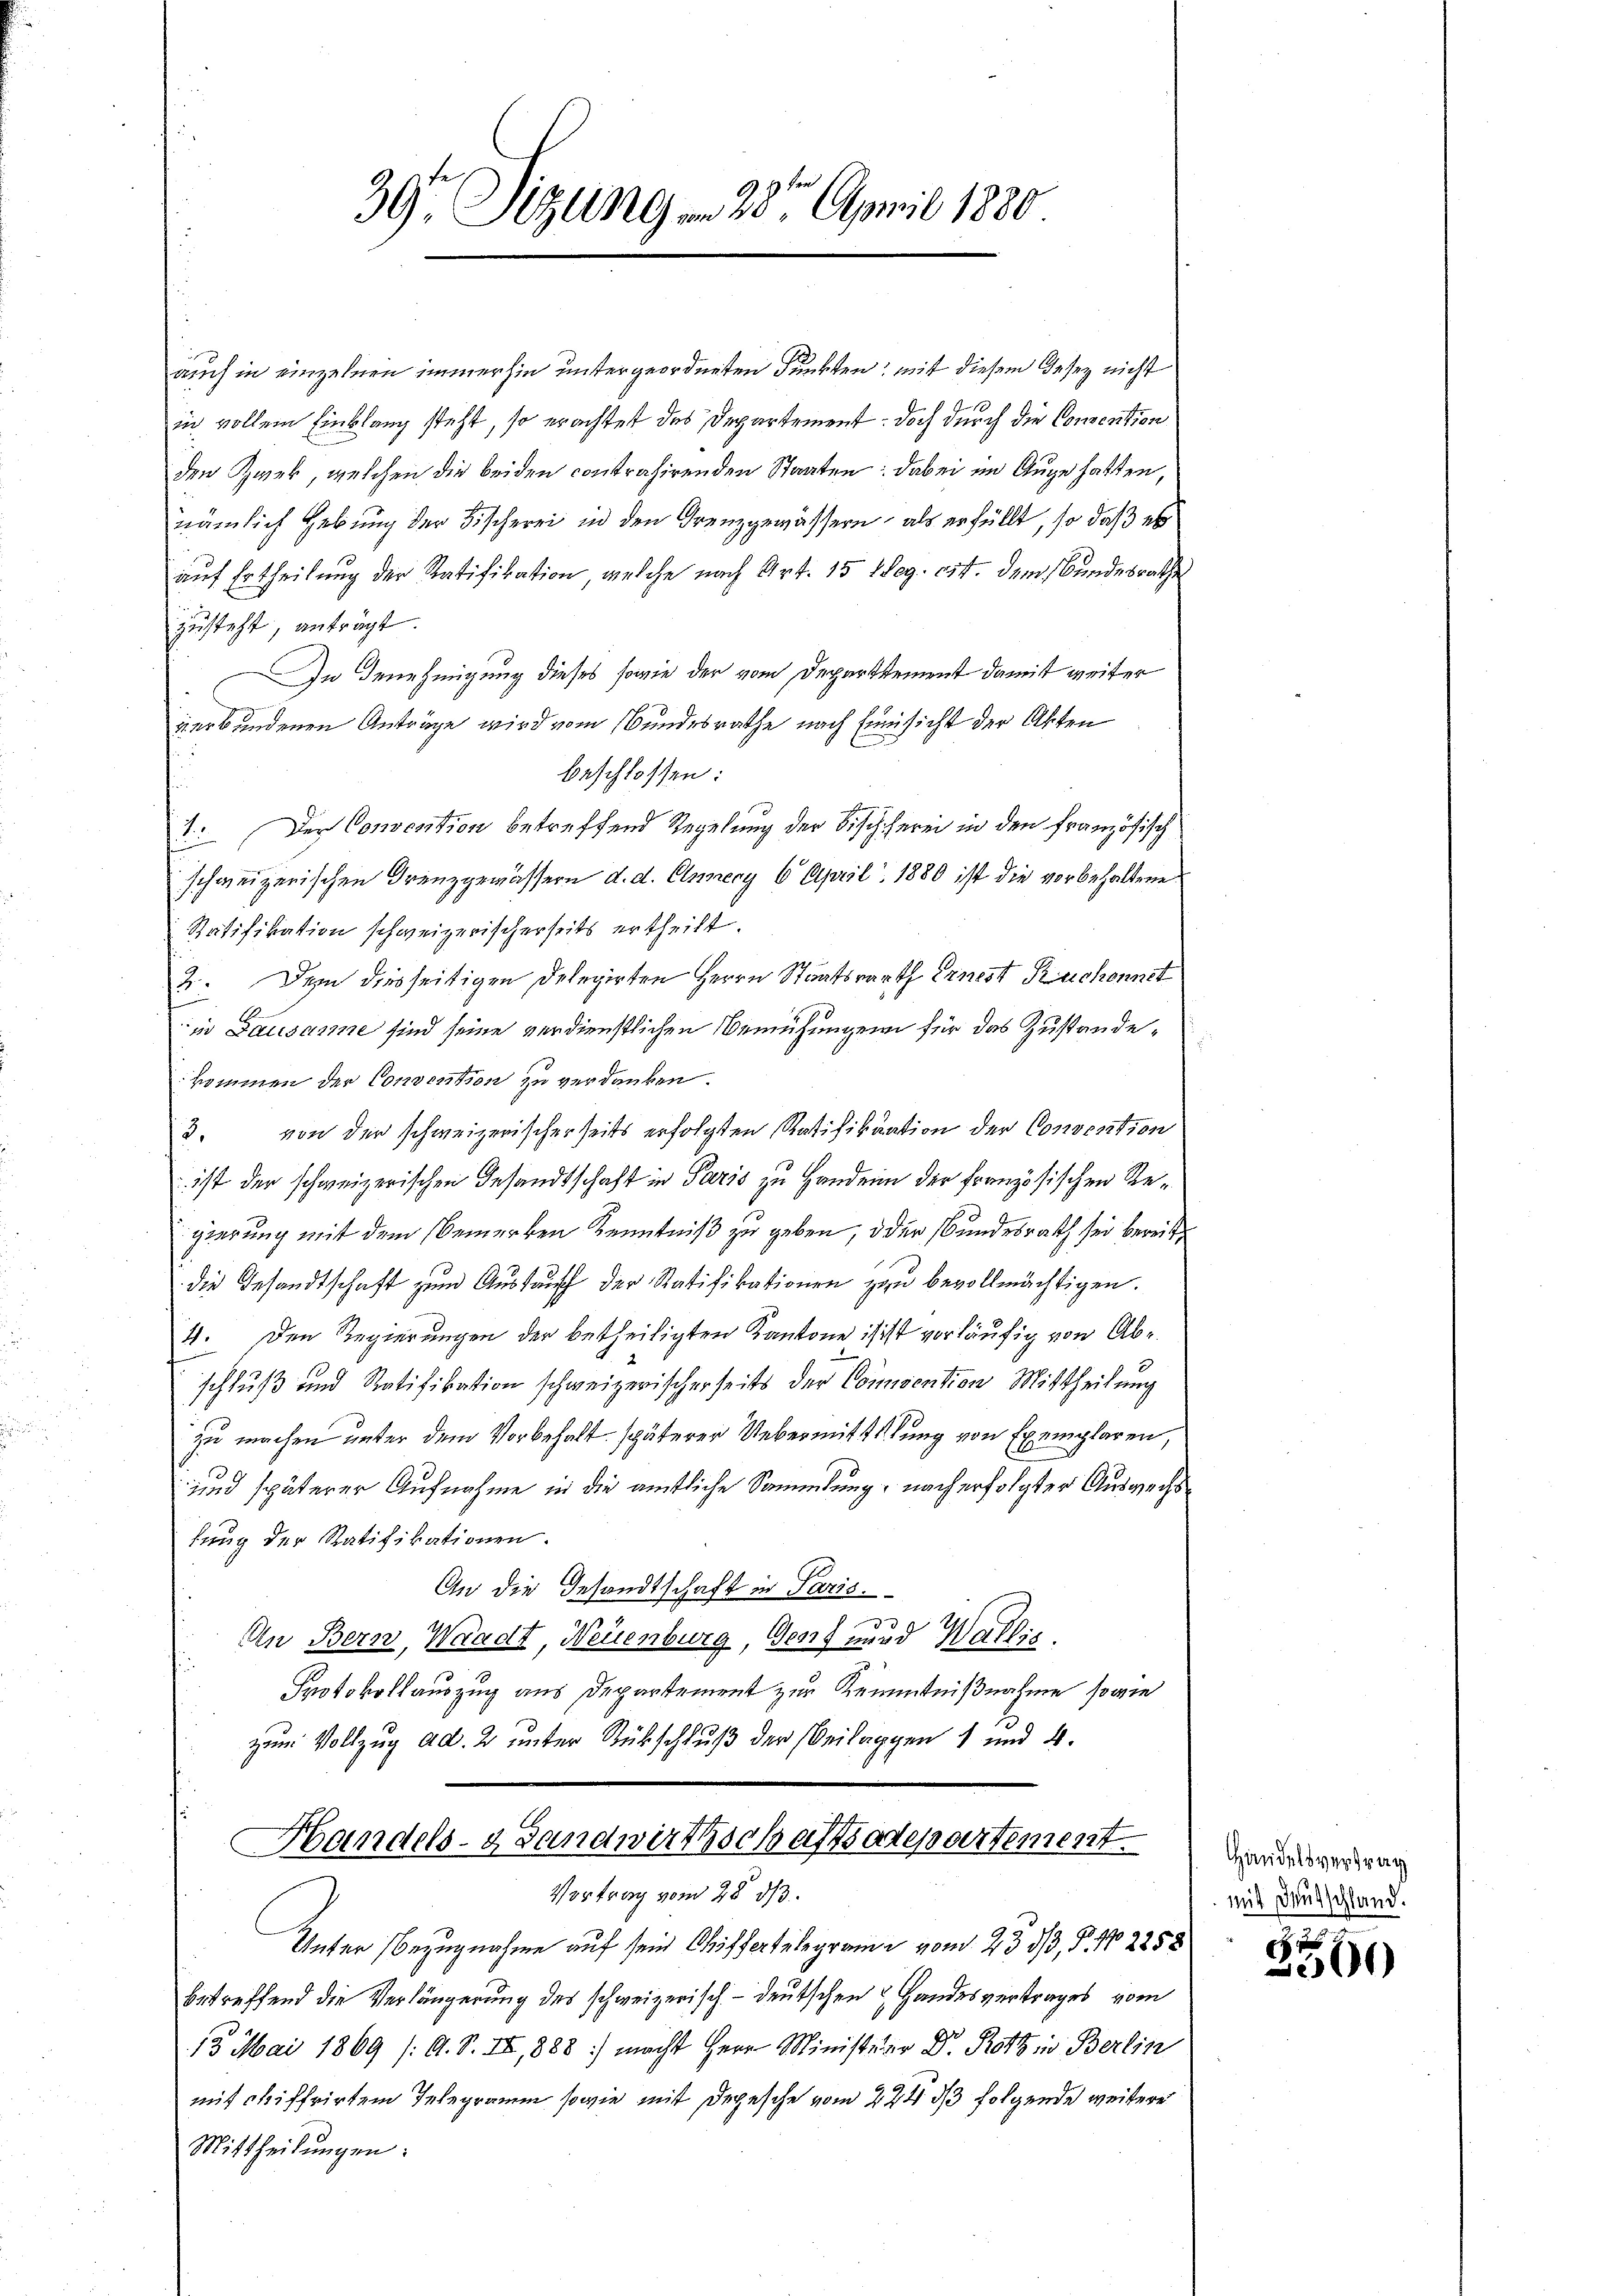
39 Sizung . 23t April 1880

auch in einzelnen immerhin untergeordneten Punkten, mit diesem Gesetz nicht
iich vollem Einklang steht, so erachtet das Departement doch durch die Consention
den Zwek, welchen die beiden contrahirenden Staaten: dabei im Auge hatten,
nämlich Hebung der Fischerei in den Grenzgewässern, als erfüllt, so daß es
aŭf Ertheilung der Ratifikation, welche nach Art. 15 teg. cit. dem Bundesrathe
zusteht, anträgt.
In den hinigung dieses sowie der vom Departement damit weiter
verbundenen Anträge wird vom Bundesrathe nach Einsicht der Akten
beschlossen:
u
1. Der Convention betreffend Regelung der Bischherei in den französisch
schweizerischen Grenzgemässern d. d. Ennery 6 April 1880 ist die vorbehaltene
Ratifikation schweizerischerseits ertheilt.
2. Dem diesseitigen Delegirten Herrn Staatsrath Ernest Ruchonnet
in Lausanne sind seine verdienstlichen Bemühungen für das Zustandekommen der Consention zu verdanken.
3. von der schweizerischerseits erfolgten Ratifikation der Convention
 ist der schweizerischen Gesandtschaft in Paris zu Handern der Französischen Regierung mit dem Bemerken Kenntniß zu geben, oder Bundesrath sei bereitdie Gesandtschaft zum Auskauff der Ratifikationen zu bevollmächtigen.
4. Den Regierungen der betheiligten Kantone isist vorläufig von Abschluß und Ratifikation schweizerischerseits der Consention Mittheilung
zu machen unter dem Vorbehalt späterer Uebermittelung von Exemplaren,
und späterer Aufnahme in die amtliche Sammlung, nach erfolgter Auswechs
lung der Ratifikationen.
An die Gesandtschaft in Paris.
a
An Bern, Waadt, Neuenburg, Genf und Wallis.
Protokollauszug aus Departement zur Kenntnißnahme sowie
zum Vollzug ad. 2 unter Rückschluß der Beilappen 1 und 4.

Handels-Landwirthschaftsadepartement
Vortrag vom 28 d/3.

Unter Bezugnahme auf sein Chiffertelegram vom 23. 33, P. No 2258
betreffend die Verlängerung des schweizerisch-deutschen & Handesvertrages vom
13. Mai 1869 /: A. S. II, 888) macht Herr Minister Dr. Rotz in Berlin
mit chiffrirten Telegramm sowie mit Depesche vom 224. ds folgende weitere
Mittheilungen:

Handelsvertrag
mit Deutschland.

ff
1)